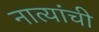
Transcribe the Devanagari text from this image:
नात्यांची